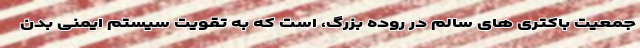
جمعیت باکتری های سالم در روده بزرگ، است که به تقویت سیستم ایمنی بدن